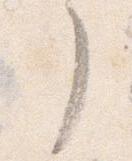
了